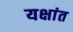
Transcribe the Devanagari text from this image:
यक्षांत